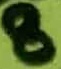
Text: 8